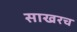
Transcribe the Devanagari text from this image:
साखरच